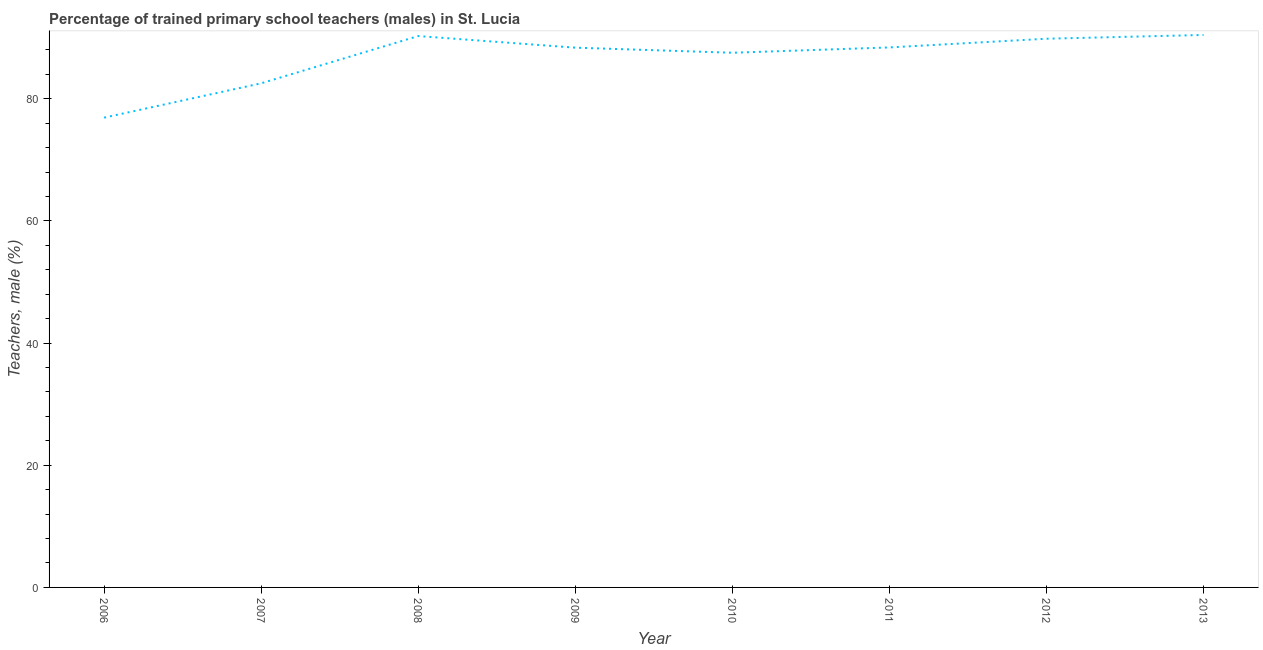
| Year | Trained teachers male |
 | --- | --- |
 | 2006 | 76.9 |
 | 2007 | 82.5 |
 | 2008 | 90.3 |
 | 2009 | 88.4 |
 | 2010 | 87.5 |
 | 2011 | 88.4 |
 | 2012 | 89.8 |
 | 2013 | 90.4 |